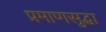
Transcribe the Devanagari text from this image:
प्रमाणसुद्धा